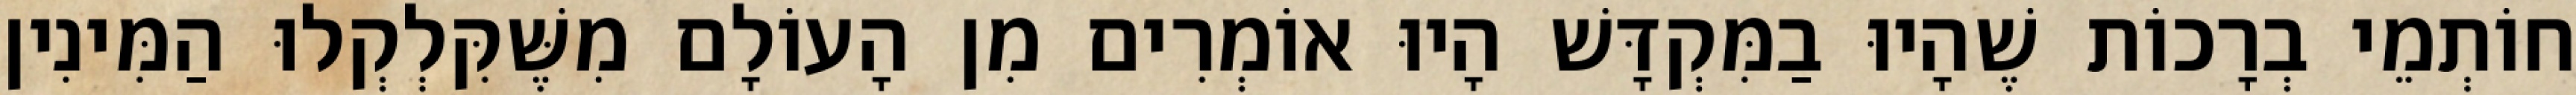
חוֹתְמֵי בְרָכוֹת שֶׁהָיוּ בַמִּקְדָּשׁ הָיוּ אוֹמְרִים מִן הָעוֹלָם מִשֶּׁקִּלְקְלוּ הַמִּינִין